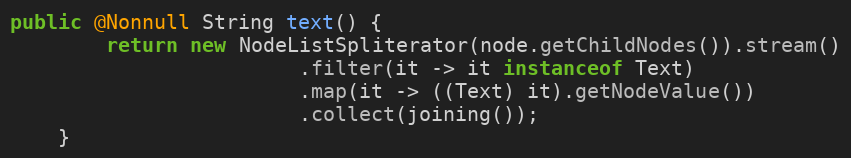
Language: Java
public @Nonnull String text() {
        return new NodeListSpliterator(node.getChildNodes()).stream()
                        .filter(it -> it instanceof Text)
                        .map(it -> ((Text) it).getNodeValue())
                        .collect(joining());
    }